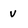
Character: v